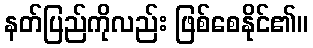
နတ်ပြည်ကိုလည်း ဖြစ်စေနိုင်၏။